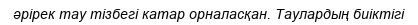
әрірек тау тізбегі катар орналасқан. Таулардың биіктігі